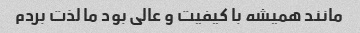
مانند همیشه با کیفیت و عالی بود ما لذت بردم